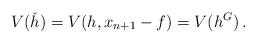
LaTeX: \begin{align*}V(\check h)=V(h,x_{n+1}-f)=V(h^G)\,.\end{align*}